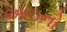
આઠનો